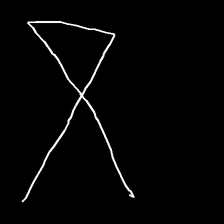
Glyph: collection